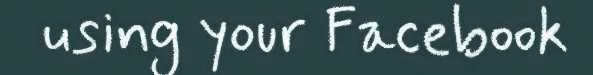
using your Facebook